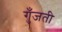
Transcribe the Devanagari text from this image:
गुँजती